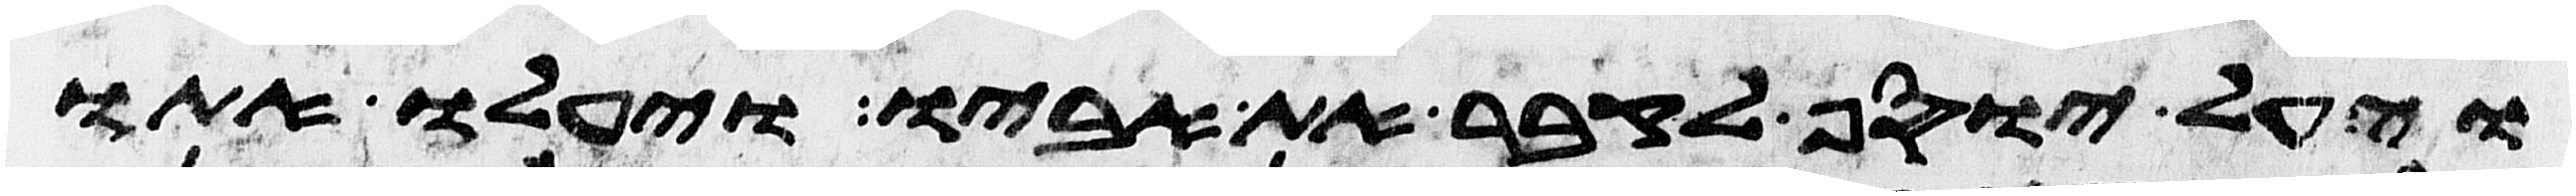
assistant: ויעל יוסף לקבר את אביו ויעלו אתו